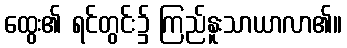
ထွေး၏ ရင်တွင်း၌ ကြည်နူးသာယာလာ၏။